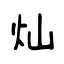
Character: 灿